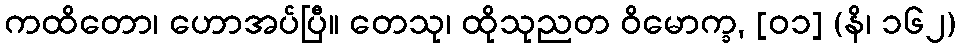
ကထိတော၊ ဟောအပ်ပြီ။ တေသု၊ ထိုသုညတ ဝိမောက္ခ, [၀၁] (နိ၊ ၁၆၂)